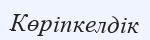
Көріпкелдік